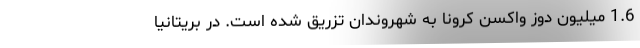
1.6 میلیون دوز واکسن کرونا به شهروندان تزریق شده است. در بریتانیا